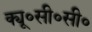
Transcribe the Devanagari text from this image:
क्यू॰सी॰सी॰